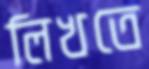
লিখতে